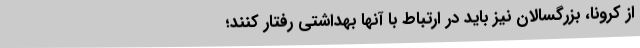
از کرونا، بزرگسالان نیز باید در ارتباط با آنها بهداشتی رفتار کنند؛